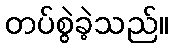
တပ်စွဲခဲ့သည်။